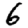
Digit: 6